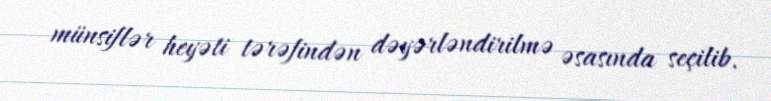
münsiflər heyəti tərəfindən dəyərləndirilmə əsasında seçilib.